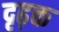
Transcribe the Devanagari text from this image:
दृढ़क्त